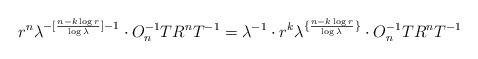
LaTeX: \begin{align*} r^n \lambda^{-[\frac{n-k \log r}{\log \lambda}]-1} \cdot O_n ^{-1} T R^n T^{-1}= \lambda^{-1} \cdot r^k \lambda^{ \lbrace \frac{n-k \log r}{\log \lambda} \rbrace} \cdot O_n ^{-1} T R^n T^{-1}\end{align*}